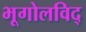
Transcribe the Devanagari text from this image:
भूगोलविद्